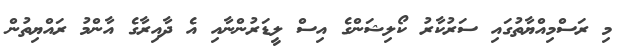
މި ރަސްމިއްޔާތުގައި ސަރުކާރު ކޯލިޝަންގެ އިސް ލީޑަރުންނާއި އެ ދާއިރާގެ އާންމު ރައްޔިތުން